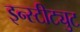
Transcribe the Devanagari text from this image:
इन्स्टीट्युट